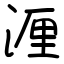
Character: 湹